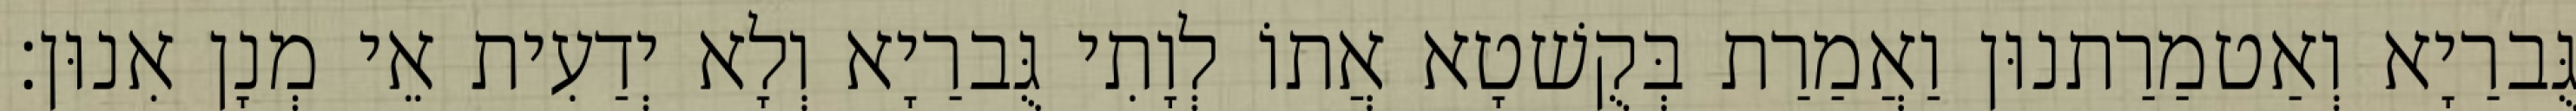
גֻּברַיָא וְאַטמַרַתנוּן וַאֲמַרַת בְּקֻשׁטָא אֲתוֹ לְוָתִי גֻּברַיָא וְלָא יְדַעִית אֵי מְנָן אִנוּן׃